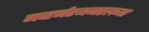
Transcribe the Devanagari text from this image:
गव्हर्नरजनरलच्या